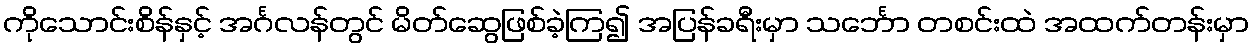
ကိုသောင်းစိန်နှင့် အင်္ဂလန်တွင် မိတ်ဆွေဖြစ်ခဲ့ကြ၍ အပြန်ခရီးမှာ သင်္ဘော တစင်းထဲ အထက်တန်းမှာ